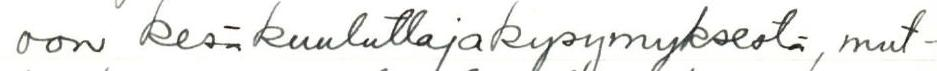
oon kesäkuuluttajakysymyksestä, mut-